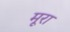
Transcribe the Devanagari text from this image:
मूरा